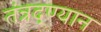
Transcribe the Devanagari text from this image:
तंत्रद्ण्यान